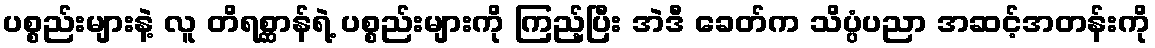
ပစ္စည်းများနဲ့ လူ တိရစ္ဆာန်ရဲ့ ပစ္စည်းများကို ကြည့်ပြီး အဲဒီ ခေတ်က သိပ္ပံပညာ အဆင့်အတန်းကို